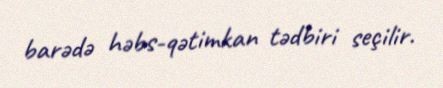
barədə həbs-qətimkan tədbiri seçilir.